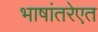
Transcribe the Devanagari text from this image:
भाषांतरेएत